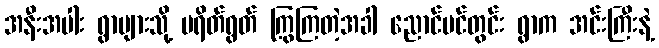
အနီးအပါး ရွာများသို့ ပရိတ်ရွတ် ကြွကြတဲ့အခါ ညောင်ပင်တွင်း ရွာက အင်းကြီးနဲ့